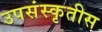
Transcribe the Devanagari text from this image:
उपसंस्कृतीस